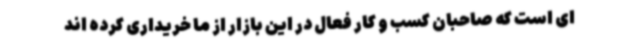
ای است که صاحبان کسب و کار فعال در این بازار از ما خریداری کرده اند